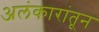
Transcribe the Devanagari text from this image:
अलंकारांतून